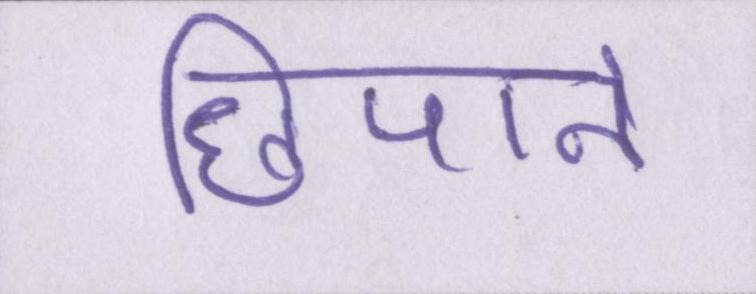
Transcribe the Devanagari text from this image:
छिपाने